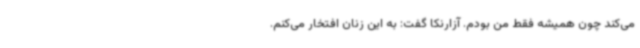
می‌کند چون همیشه فقط من بودم. آزارنکا گفت: به این زنان افتخار می‌کنم.